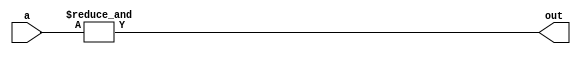
module reduceAndGate( a, out);

	input [2:0] a;
	output out;
	wire out;

	assign out = &a;
	
endmodule